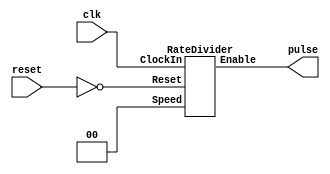
module ms_clk(clk, reset, pulse);
	input clk; // clock
	input reset; //active low reset
	output pulse; // pulses every millisecond

	RateDivider r0(clk,~reset,2'b0, pulse);

endmodule

module s_clk(clk, reset, pulse);
	input clk; // clock
	input reset; //active low reset
	output pulse; // pulses every second

	RateDivider r0(clk,~reset,2'b01, pulse);
endmodule

module RateDivider
#(parameter CLOCK_FREQUENCY = 50000000) (
	input ClockIn,
	input Reset,
	input [1:0] Speed,
	output Enable
);
// 1. figure out # of clock cycles per pulse
// 2. count down from # to 0
// 3. emit pulse at 0
// 4. reset to counter
	
	reg [$clog2(4*CLOCK_FREQUENCY):0] count;

	always@(posedge ClockIn)
	begin
		if ((Reset == 1) | (count == 0 ))
		begin
			case(Speed)
				2'b00: count <= (CLOCK_FREQUENCY/1000) - 1;
				2'b01: count <= CLOCK_FREQUENCY - 1;
				2'b10: count <= CLOCK_FREQUENCY*2 - 1;
				2'b11: count <= CLOCK_FREQUENCY*4 - 1;
				default: count <= 0;
			endcase
		end 
		else if (count != 0)
			count <= count - 1;
	end

	assign Enable = (count == 'b0) ? 'b1:'b0;
endmodule